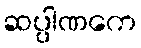
ဆပ္ပါဏကေ